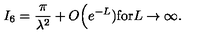
I _ { 6 } = \frac { \pi } { \lambda ^ { 2 } } + O \Big ( e ^ { - L } ) \mathrm { f o r } L \rightarrow \infty .